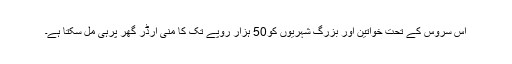
اس سروس کے تحت خواتین اور بزرگ شہریوں کو50 ہزار روپے تک کا منی آرڈر گھر پرہی مل سکتا ہے۔